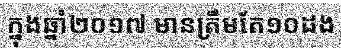
ក្នុងឆ្នាំ២០១៧ មានត្រឹមតែ១០ដង